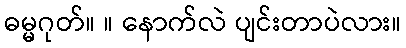
ဓမ္မဂုတ်။ ။ နောက်လဲ ပျင်းတာပဲလား။